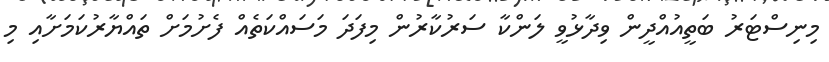
މިނިސްޓަރު ބަތީއުއްދީން ވިދާޅުވީ ލަންކާ ސަރުކާރުން މިފަދަ މަސައްކަތެއް ފެށުމަށް ތައްޔާރުކަމަށާއި މި